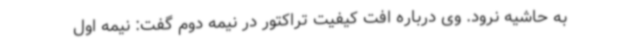
به حاشیه نرود. وی درباره افت کیفیت تراکتور در نیمه دوم گفت: نیمه اول